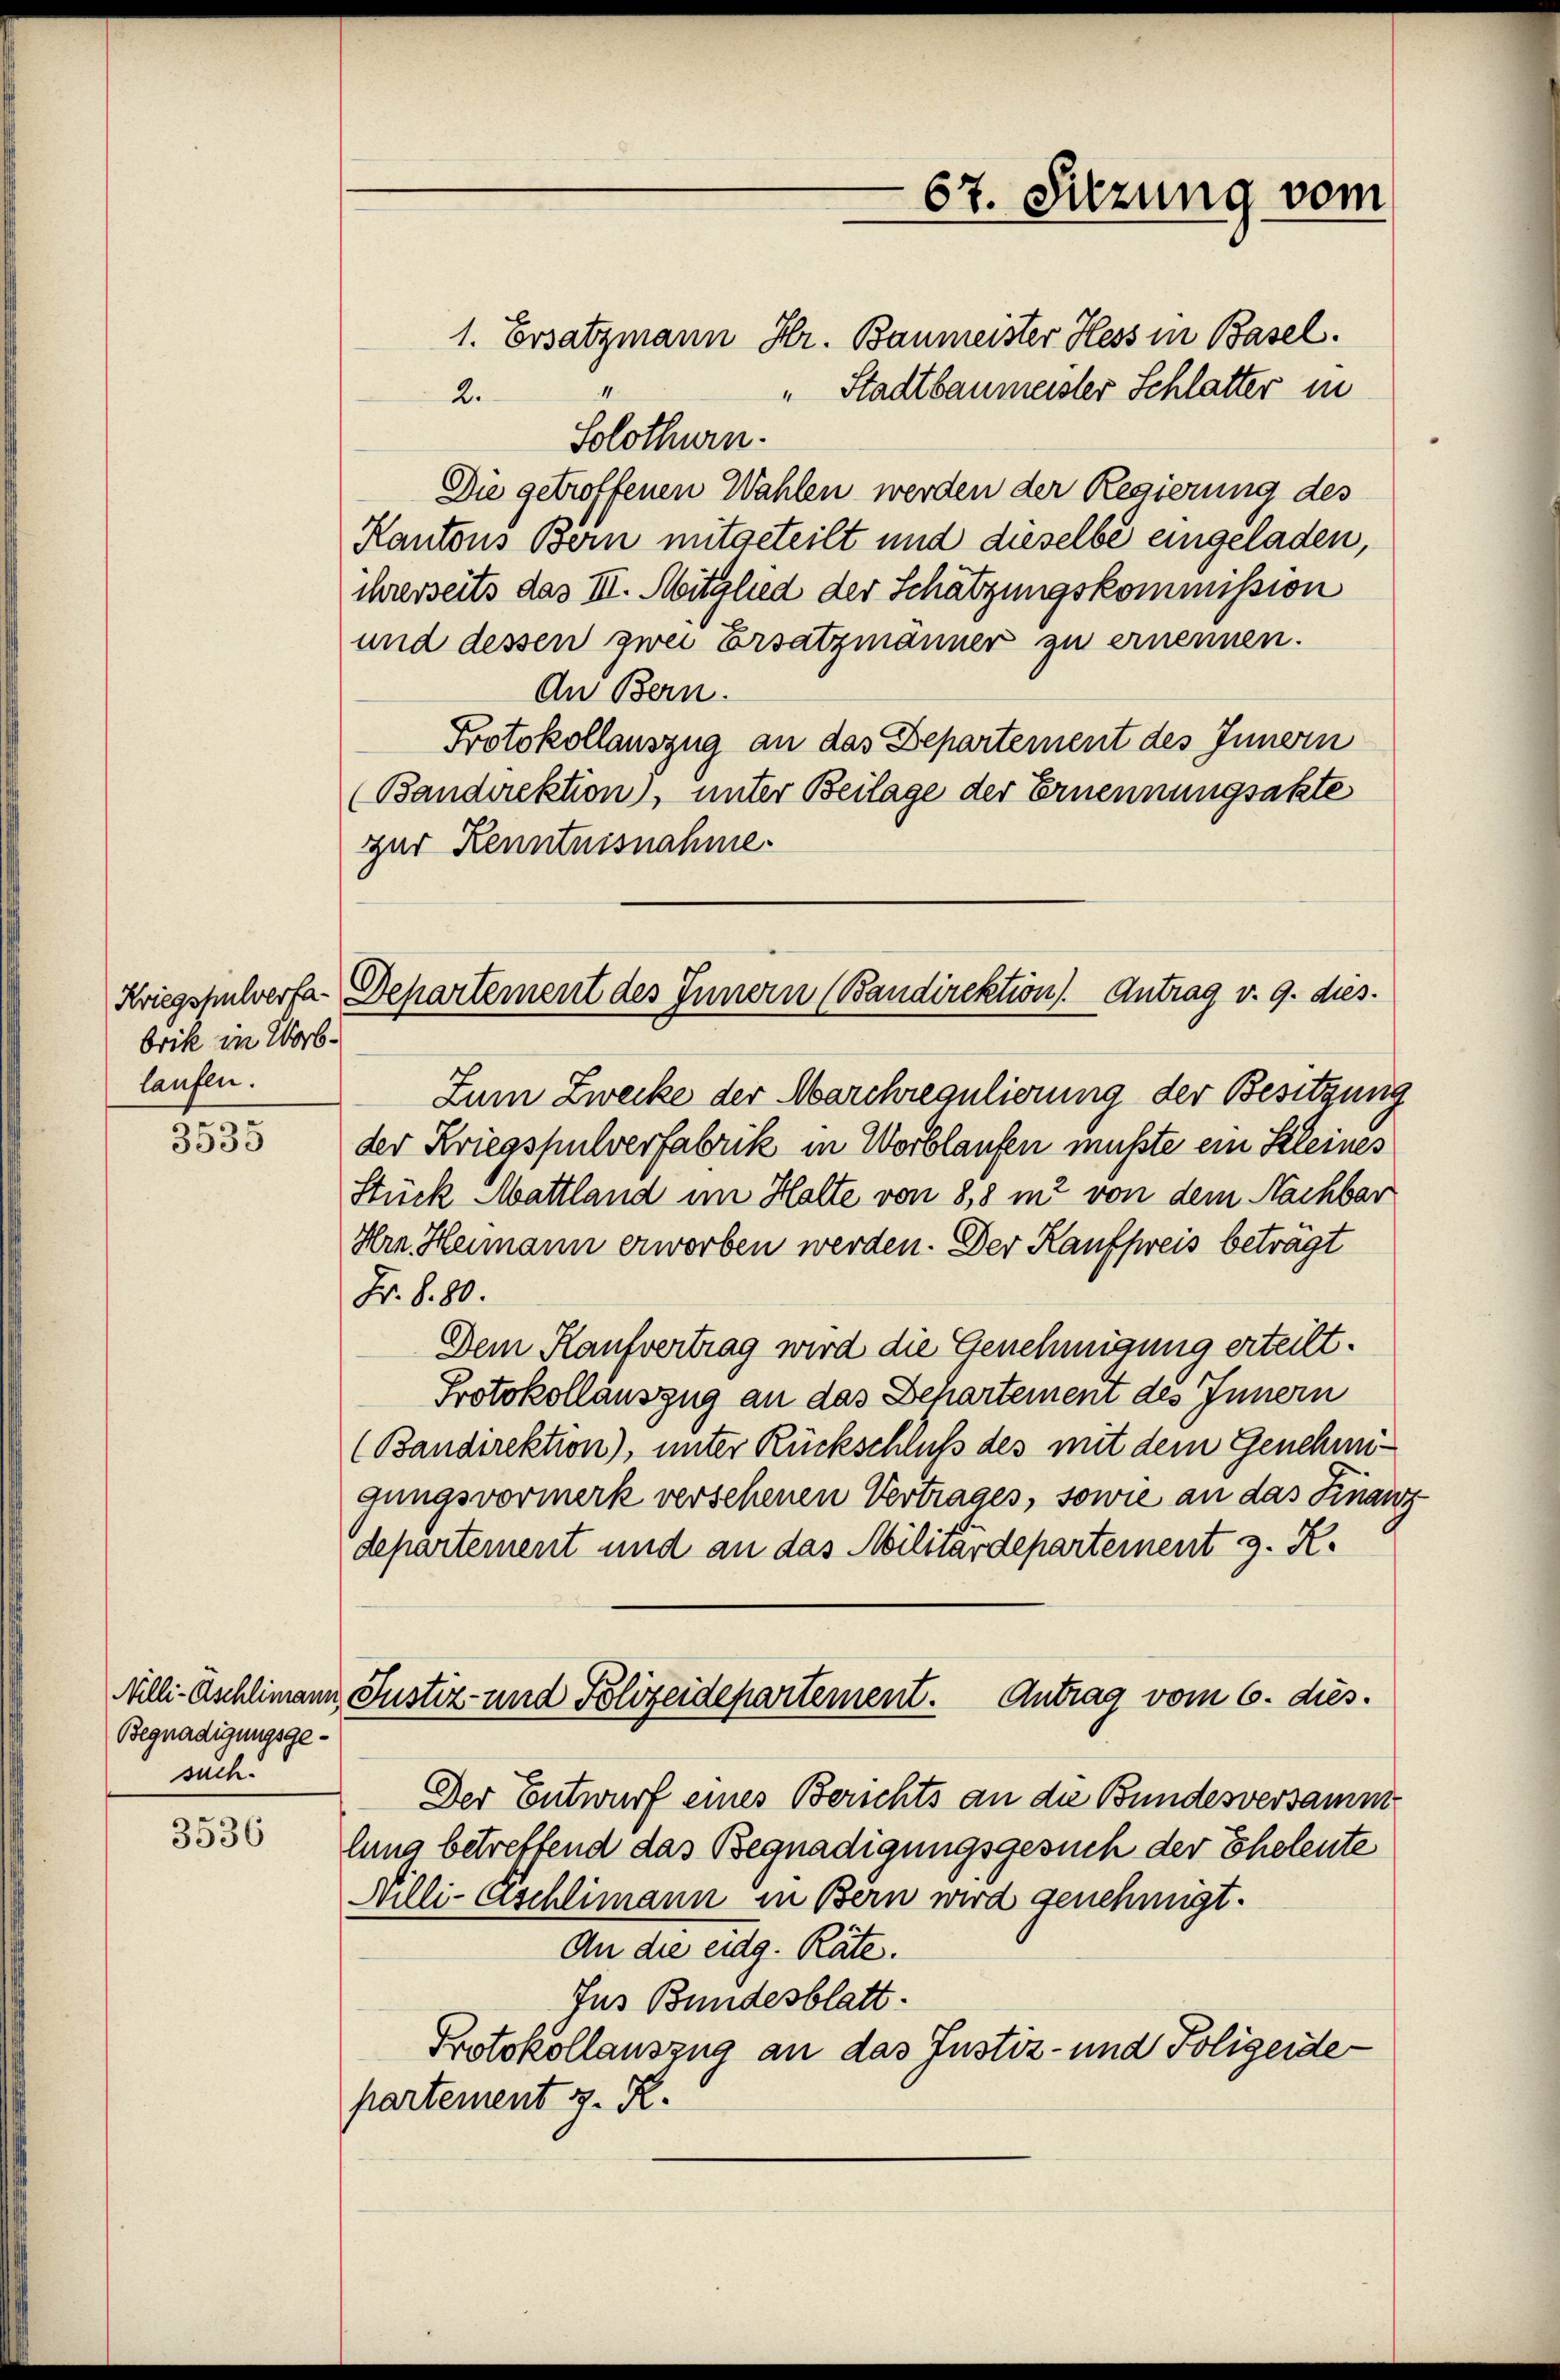
brik in Worb.
laufen.

3535

Begnadigungsgesuch.

3536

Kriegspulverfa- Departement des Innern (Bandirektion). Antrag v. 9. dies

1. Ersatzmann Hr. Baumeister Hess in Basel.
"Stadtbaumeister Schlatter in
2.
Solothurn.
Die getroffenen Wahlen werden der Regierung des
Kantons Bern mitgeteilt und dieselbe eingeladen,
ihrerseits das III. Mitglied der Schätzungskommission
und dessen zwei Ersatzmänner zu ernennen.
An Bern.
Protokollauszug an das Departement des Innern
(Bandirektion), unter Beilage der Ernennungsakte
gur Kenntnisnahme.
Zum Zwecke der Marchregulierung der Besitzung
der Kriegspulverfabrik in Worblaufen mußte ein Kleines
Stück Mattland im Halte von 8,8 in von dem Nachbar
Hrn. Heimann erworben werden. Der Kaufsweis beträgt
Fr. S. 80.
Dem Kaufvertrag wird die Genehmigung erteilt.
Protokollauszug an das Behartement des Innern
(Bandirektion), unter Rückschluß des mit dem Genehmigungsvormerk versehenen Vertrages, sowie an das Finan.
departement und an das Militärdepartement z. R.
Nilli-Eschlimann, Justiz- und Polizeidepartement. Antrag vom 6. dies.
Der Entwurf eines Berichts an die Bundesversammlung betreffend das Begnadigungsgesuch der Eheleute
Nilli-Eschlimann in Bern wird genehmigt.
An die eidg. Räte.
Jus Bundesblatt.
Protokollauszug an das Justiz- und Polizeide
partement z. R.

67. Sitzung vom